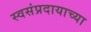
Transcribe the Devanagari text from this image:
स्वसंप्रदायाच्या